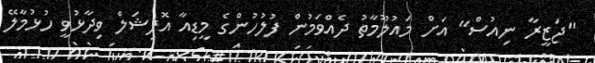
"ޖަޒީރާ ނިއުސް" އަށް މައުލޫމާތު ދެއްވަމުން ފުލުހުންގެ މީޑިއާ އޮފިޝަލް ވިދާޅުވީ ހުޅުމާލޭ